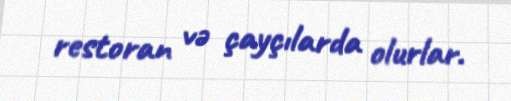
restoran və çayçılarda olurlar.